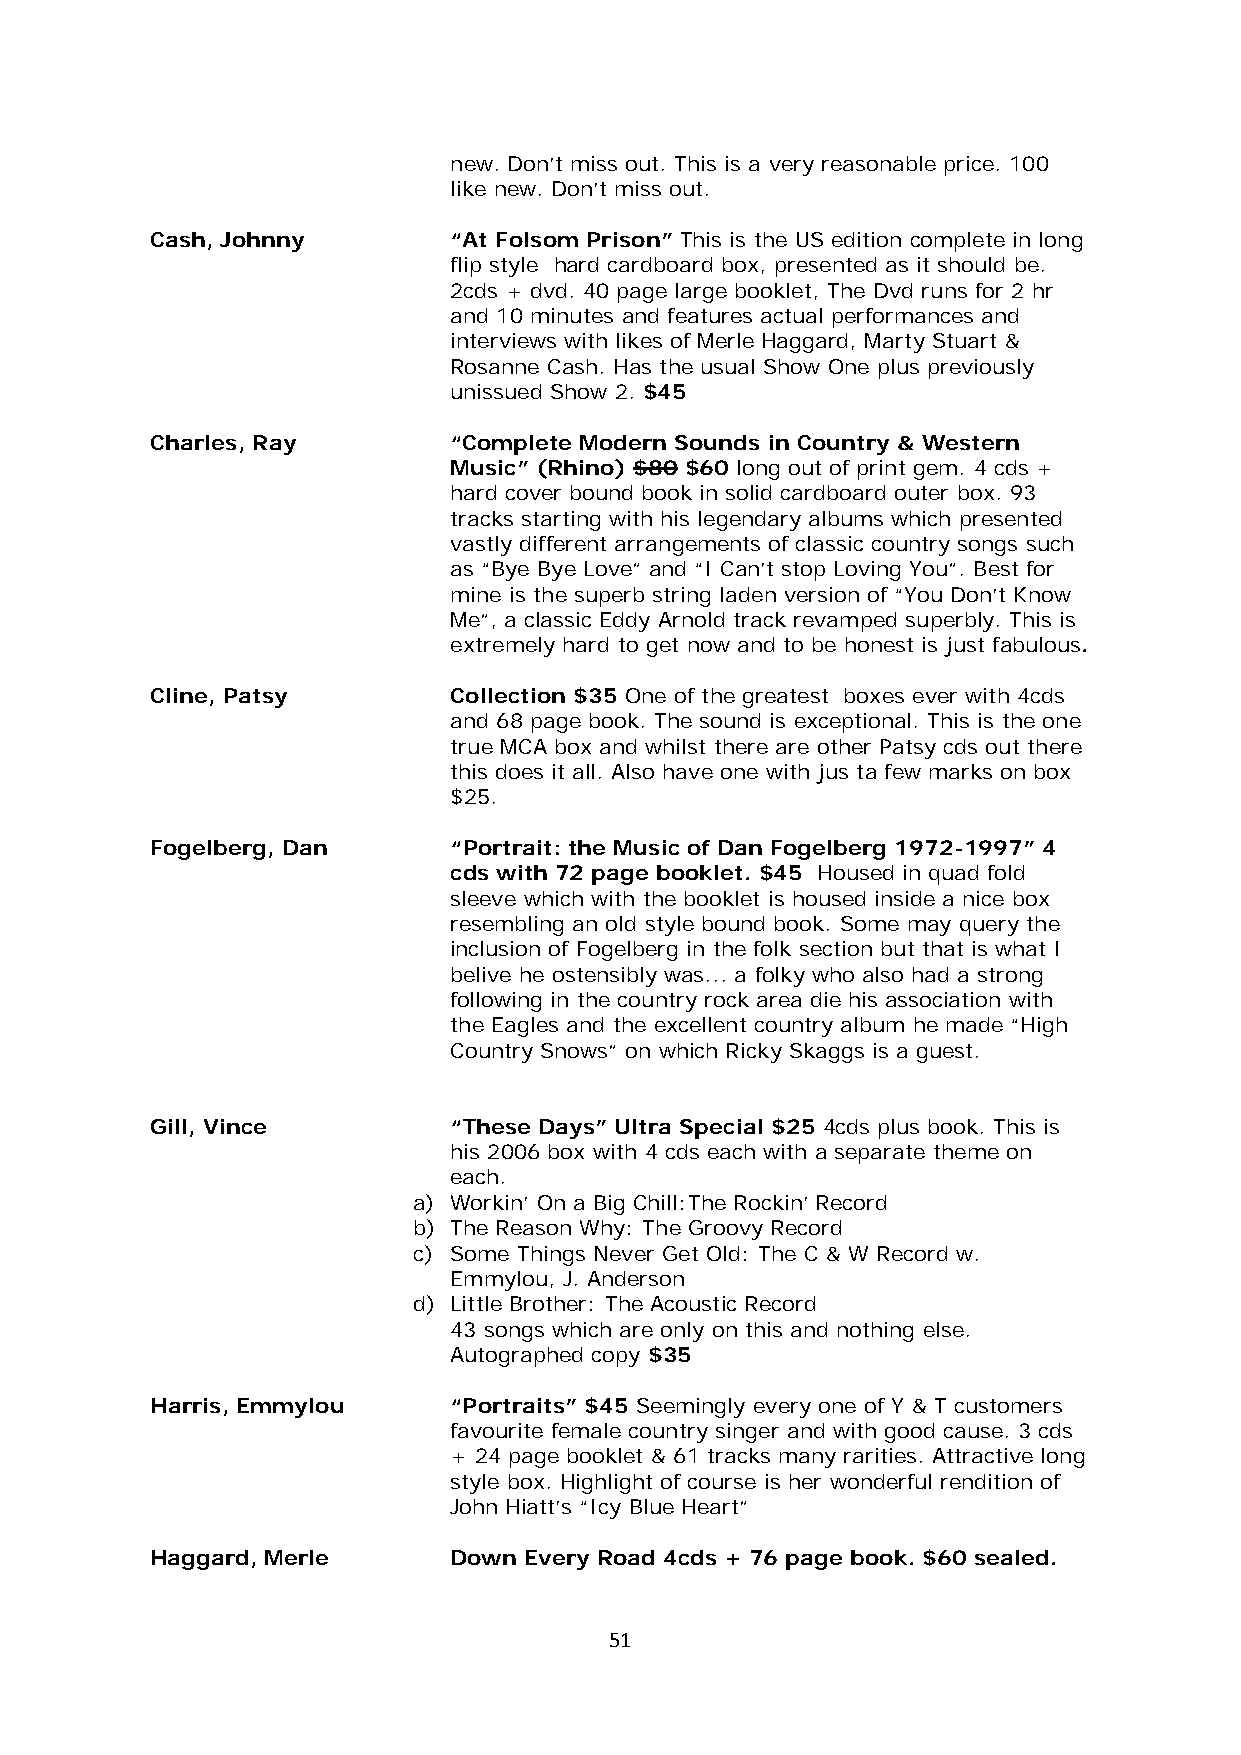
new. Don’t miss out. This is a very reasonable price. 100
 like new. Don’t miss out.
 Cash, Johnny        “At Folsom Prison” This is the US edition complete in long
 flip style hard cardboard box, presented as it should be.
 2cds + dvd. 40 page large booklet, The Dvd runs for 2 hr
 and 10 minutes and features actual performances and
 interviews with likes of Merle Haggard, Marty Stuart &
 Rosanne Cash. Has the usual Show One plus previously
 unissued Show 2. $45
 Charles, Ray        “Complete Modern Sounds in Country & Western
 Music” (Rhino) $80 $60 long out of print gem. 4 cds +
 hard cover bound book in solid cardboard outer box. 93
 tracks starting with his legendary albums which presented
 vastly different arrangements of classic country songs such
 as “Bye Bye Love” and “I Can’t stop Loving You”. Best for
 mine is the superb string laden version of “You Don’t Know
 Me”, a classic Eddy Arnold track revamped superbly. This is
 extremely hard to get now and to be honest is just fabulous.
 Cline, Patsy        Collection $35 One of the greatest boxes ever with 4cds
 and 68 page book. The sound is exceptional. This is the one
 true MCA box and whilst there are other Patsy cds out there
 this does it all. Also have one with jus ta few marks on box
 $25.
 Fogelberg, Dan      “Portrait: the Music of Dan Fogelberg 1972-1997” 4
 cds with 72 page booklet. $45 Housed in quad fold
 sleeve which with the booklet is housed inside a nice box
 resembling an old style bound book. Some may query the
 inclusion of Fogelberg in the folk section but that is what I
 belive he ostensibly was... a folky who also had a strong
 following in the country rock area die his association with
 the Eagles and the excellent country album he made “High
 Country Snows” on which Ricky Skaggs is a guest.
 Gill, Vince         “These Days” Ultra Special $25 4cds plus book. This is
 his 2006 box with 4 cds each with a separate theme on
 each.
 a) Workin’ On a Big Chill:The Rockin’ Record
 b) The Reason Why: The Groovy Record
 c) Some Things Never Get Old: The C & W Record w.
 Emmylou, J. Anderson
 d) Little Brother: The Acoustic Record
 43 songs which are only on this and nothing else.
 Autographed copy $35
 Harris, Emmylou     “Portraits” $45 Seemingly every one of Y & T customers
 favourite female country singer and with good cause. 3 cds
 + 24 page booklet & 61 tracks many rarities. Attractive long
 style box. Highlight of course is her wonderful rendition of
 John Hiatt’s “Icy Blue Heart”
 Haggard, Merle      Down Every Road 4cds + 76 page book. $60 sealed.
 51